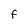
Character: F